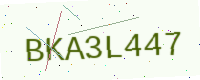
Text: BKA3L447